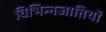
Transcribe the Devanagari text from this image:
विभिन्नजातियों